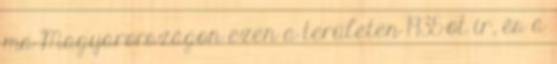
ma Magyarországon ezen a területen 1935-öt ír, és a